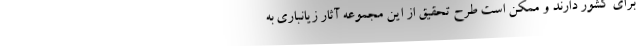
برای کشور دارند و ممکن است طرح تحقیق از این مجموعه آثار زیانباری به